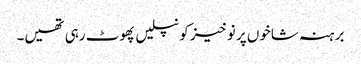
برہنہ شاخوں پر نوخیز کونپلیں پھوٹ رہی تھیں۔